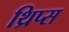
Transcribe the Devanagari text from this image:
थ्रिप्‍स